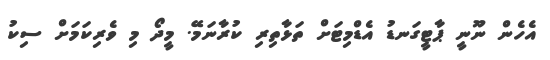
އެހެން ނޫނީ ޕާޓީގަނޑު އެޑްމިޓަށް ތަޅާތިރި ކުރާނަމޭ. މީދޯ މި ވެރިކަމަށް ސިކު